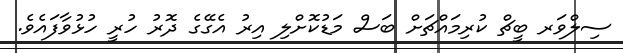
ސިލްވަރ ބީޗް ކުރިމައްޗަށް ބަސް މަޑުކޮށްލި އިރު އެގޭގެ ދޮރު ހުރީ ހުޅުވާފައެވެ.